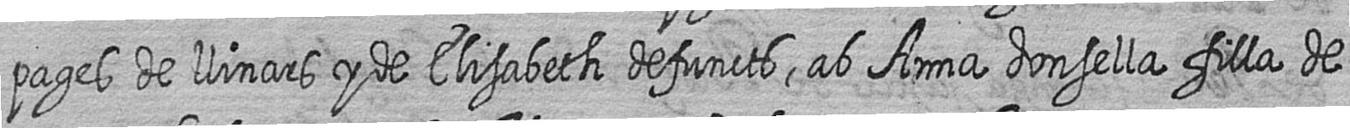
pages de llinars y de Elisabeth defuncts ab Anna donsella filla de